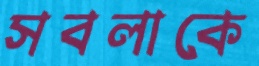
সবলাকে